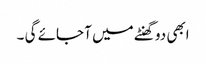
ابھی دو گھنٹے میں آ جائے گی ۔